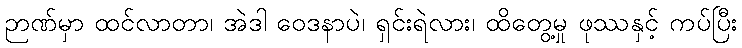
ဉာဏ်မှာ ထင်လာတာ၊ အဲဒါ ဝေဒနာပဲ၊ ရှင်းရဲလား၊ ထိတွေ့မှု ဖုဿနှင့် ကပ်ပြီး